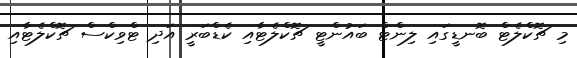
މި ޗޮކްލެޓް ބޮނޑީގައި ލިންޓް ބައުންޓީ ޗޮކްލެޓާއި ކެޑްބަރީ އަދި ޓްވިކްސް ޗޮކްލެޓާއި